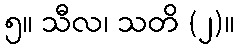
၅။ သီလ၊ သတိ (၂)။